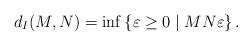
LaTeX: \begin{align*}d_I(M,N)= \inf \left\lbrace \varepsilon \geq 0 \mid M N \varepsilon \right\rbrace.\end{align*}